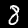
Digit: 8